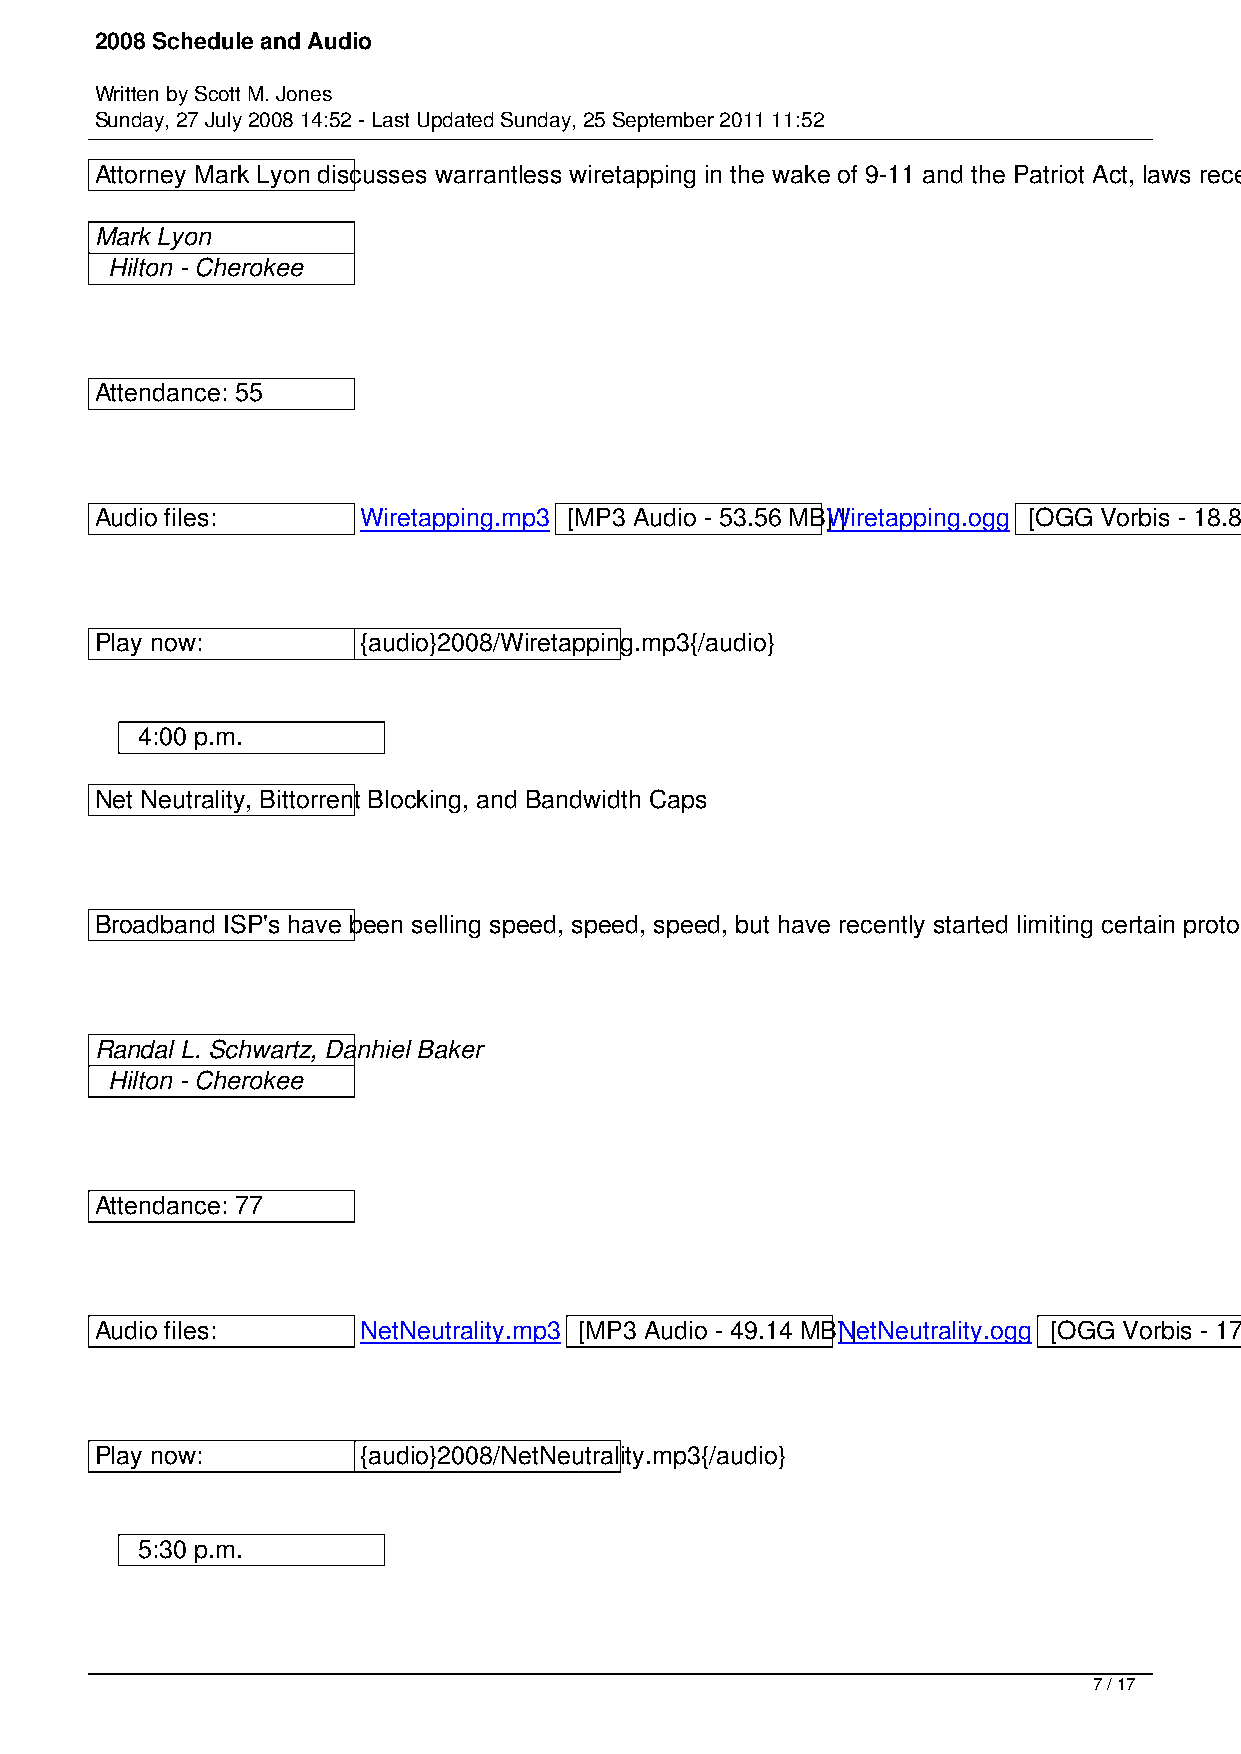
2008 Schedule and Audio
 Written by Scott M. Jones
 Sunday, 27 July 2008 14:52 - Last Updated Sunday, 25 September 2011 11:52
 Attorney Mark Lyon discusses warrantless wiretapping in the wake of 9-11 and the Patriot Act, laws recently passed to dismiss lawsuits against telecommunications providers for following government orders that violated the law, and the next legal battles.
 Mark Lyon
 Hilton - Cherokee
 Attendance: 55
 Audio files:      Wiretapping.mp3 [MP3 Audio - 53.56 MB]W | iretapping.ogg [OGG Vorbis - 18.83 MB]
 Play now:         {audio}2008/Wiretapping.mp3{/audio}
 4:00 p.m.
 Net Neutrality, Bittorrent Blocking, and Bandwidth Caps
 Broadband ISP's have been selling speed, speed, speed, but have recently started limiting certain protocols or imposing bandwidth caps. What happens when ISP's sell far more service than they can actually provide?
 Randal L. Schwartz, Danhiel Baker
 Hilton - Cherokee
 Attendance: 77
 Audio files:      NetNeutrality.mp3 [MP3 Audio - 49.14 MB]N |e tNeutrality.ogg [OGG Vorbis - 17.22 MB]
 Play now:         {audio}2008/NetNeutrality.mp3{/audio}
 5:30 p.m.
 7 / 17